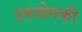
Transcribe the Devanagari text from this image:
उपयोगकी